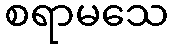
စရာမသေ